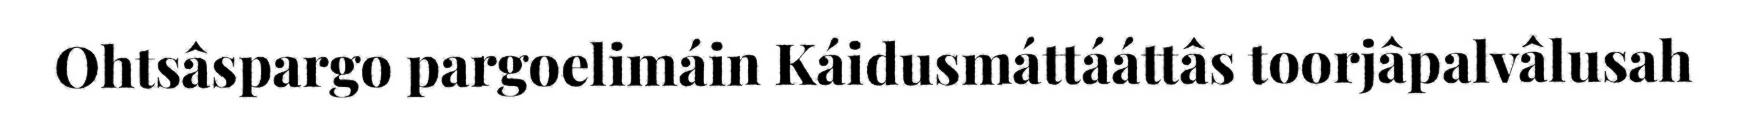
Ohtsâspargo pargoelimáin Káidusmáttááttâs toorjâpalvâlusah